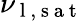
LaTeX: \nu_{\mathrm{~l~,~s~a~t~}}